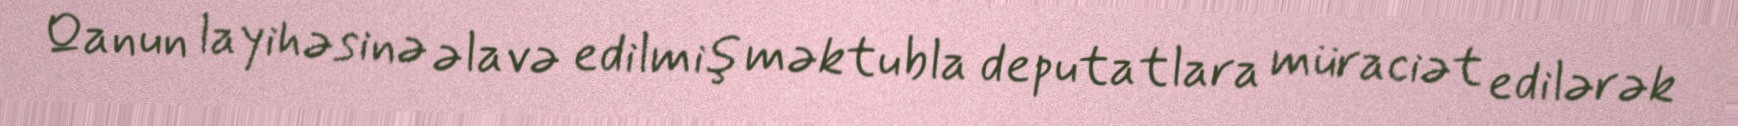
Qanun layihəsinə əlavə edilmiş məktubla deputatlara müraciət edilərək